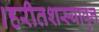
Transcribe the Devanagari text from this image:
।हरीतशस्यावृत्त